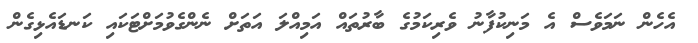
އެހެން ނަމަވެސް އެ މަނިކުފާނު ވެރިކަމުގެ ބާރުތައް އަމިއްލަ އަތަށް ނެންގެވުމަށްޓަކައި ކަނޑައެޅިގެން